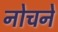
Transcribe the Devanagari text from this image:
नोचने